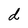
Character: d